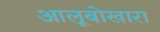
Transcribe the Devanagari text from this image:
आलूबोखारा